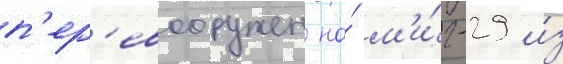
п'ер'евооружен на́ м'и́г-29 и́з